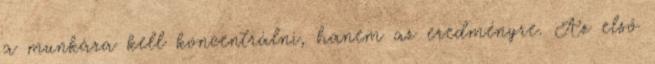
a munkára kell koncentrálni, hanem az eredményre. Az első